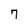
Character: 7